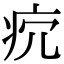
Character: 𤴺